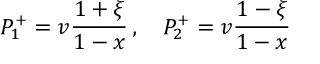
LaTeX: P _ { 1 } ^ { + } = v \frac { 1 + \xi } { 1 - x } \, , \quad P _ { 2 } ^ { + } = v \frac { 1 - \xi } { 1 - x }